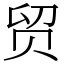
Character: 贸